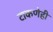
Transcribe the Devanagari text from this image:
टाकणेही